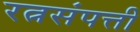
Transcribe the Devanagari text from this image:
रत्नसंपत्ती